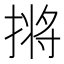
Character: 𫽣